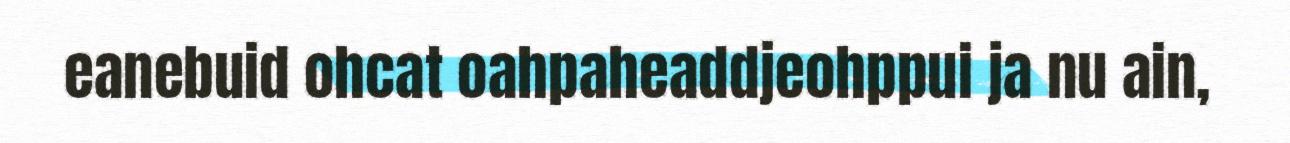
eanebuid ohcat oahpaheaddjeohppui ja nu ain,